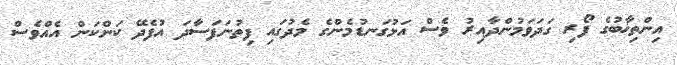
އިންތިޚާބުގެ ފޯރި ގަދަވަމުންދާއިރު ވެސް އަޅުގަނޑުމެންގެ މެދުގައި ފިތުނަފަސާދަ އުފެދޭ ކަންކަން އެއްވެސް